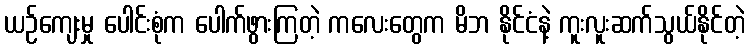
ယဉ်ကျေးမှု ပေါင်းစုံက ပေါက်ဖွားကြတဲ့ ကလေးတွေက မိဘ နိုင်ငံနဲ့ ကူးလူးဆက်သွယ်နိုင်တဲ့